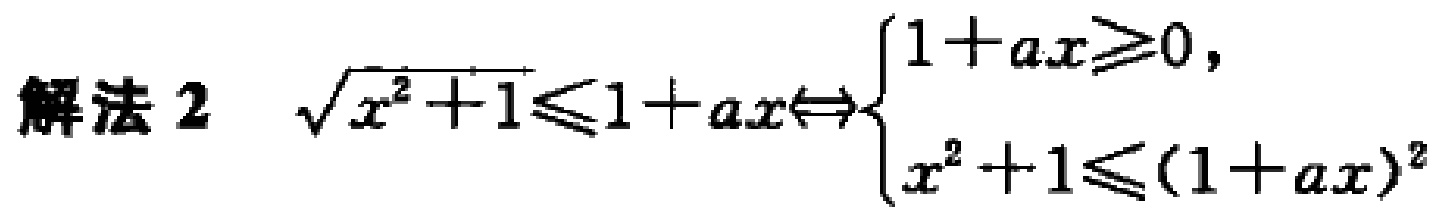
解法 2 $\sqrt{x^{2}+1}\leqslant1 + ax\Leftrightarrow\begin{cases}1 + ax\geqslant0,\\x^{2}+1\leqslant(1 + ax)^{2}\end{cases}$